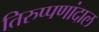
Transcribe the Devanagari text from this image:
तिरुप्पणांदाल